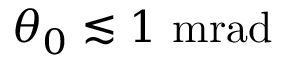
\theta _ { 0 } \lesssim 1 \ \mathrm { m r a d }